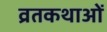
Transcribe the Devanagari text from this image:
व्रतकथाओं